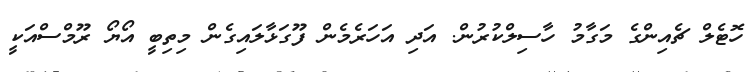
ހޮޓެލް ޗެއިންގެ މަގާމު ހާސިލްކުރުން. އަދި އަހަރެމެން ފޫގަޅާލައިގެން މިތިބީ އޯޔޯ ރޫމްސްއަކީ